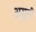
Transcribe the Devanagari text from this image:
असूनी